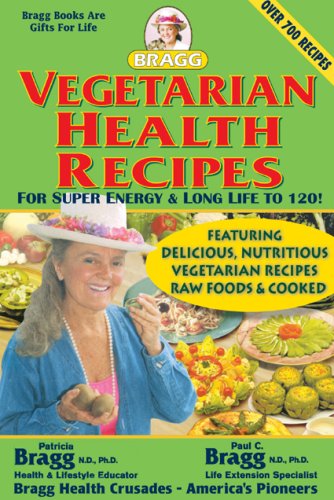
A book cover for Vegetarian Health Recipes: For Super Energy & Long Life to 120!; Patricia Bragg; Cookbooks, Food & Wine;